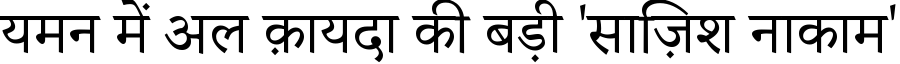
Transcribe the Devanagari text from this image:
यमन में अल क़ायदा की बड़ी 'साज़िश नाकाम'